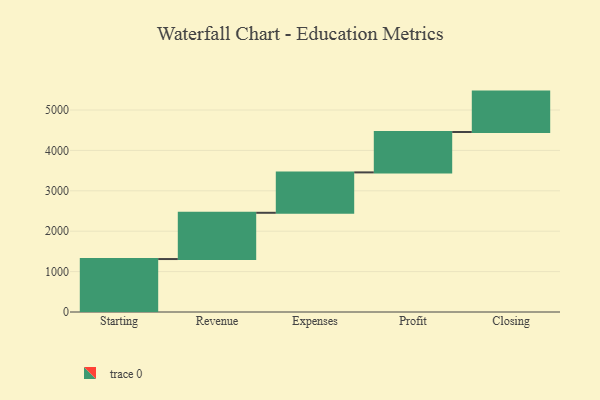
{"axis": {"x": "Step", "y": "Value"}, "legend": [""], "data": [{"x": "Starting", "y": 1311.0, "type": ""}, {"x": "Revenue", "y": 1145.0, "type": ""}, {"x": "Expenses", "y": 1000, "type": ""}, {"x": "Profit", "y": 1000, "type": ""}, {"x": "Closing", "y": 1000, "type": ""}]}